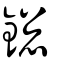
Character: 鍯